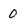
Character: 0